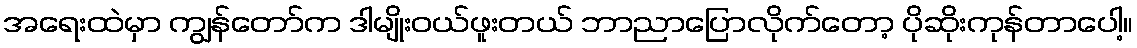
အရေးထဲမှာ ကျွန်တော်က ဒါမျိုးဝယ်ဖူးတယ် ဘာညာပြောလိုက်တော့ ပိုဆိုးကုန်တာပေါ့။